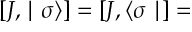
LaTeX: \left[ J , \mid \sigma \rangle \right] = \left[ J , \langle \sigma \mid \right] =